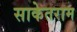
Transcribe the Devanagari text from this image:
साकेतराम